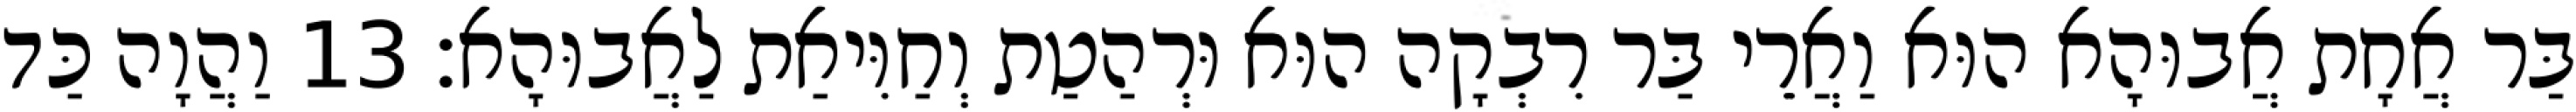
בַּר אֲחָת אֲבוּהָא הוּא וַאֲרֵי בַּר רִבְקָה הוּא וּרְהַטַת וְחַוִּיאַת לַאֲבוּהָא׃ 13 וַהֲוָה כַּד